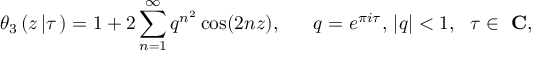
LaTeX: \theta _ { 3 } \left( z \left| \tau \right. \right) = 1 + 2 \sum _ { n = 1 } ^ { \infty } q ^ { n ^ { 2 } } \cos ( 2 n z ) , \ \ \ \ \ q = e ^ { \pi i \tau } , \, | q | < 1 , \ \ \tau \in \mathrm { \bf ~ C } ,